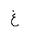
Letter: _gayn